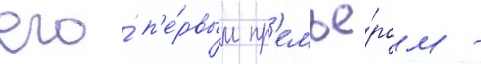
его́ п'е́рвым пр'емье́ром -